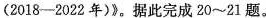
(2018-2022年)》。据此完成20~21题。